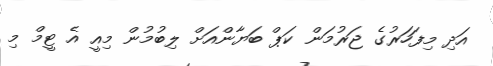
އަދި މިފަހަރުގެ ޖަރުމަން ކަޕް ބަޔާންއަށް ލިބުމުން މިއީ އެ ޓީމް މި